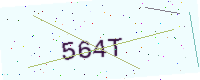
Text: 564T